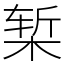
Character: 椠